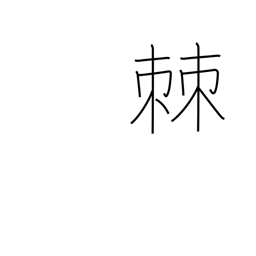
Meaning: splinter